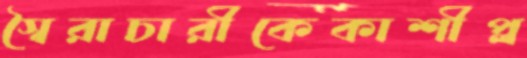
স্বৈরাচারীকেকাশীপ্ল